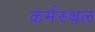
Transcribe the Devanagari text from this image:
कर्मस्थल